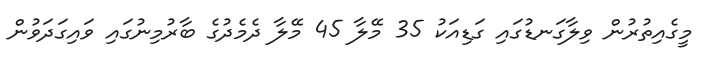
މީގެއިތުރުން ވިލާގަނޑުގައި ގަޑިއަކު 35 މޭލާ 45 މޭލާ ދެމެދުގެ ބާރުމިނުގައި ވައިގަދަވުން